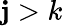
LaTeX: \mathbf{j}>k